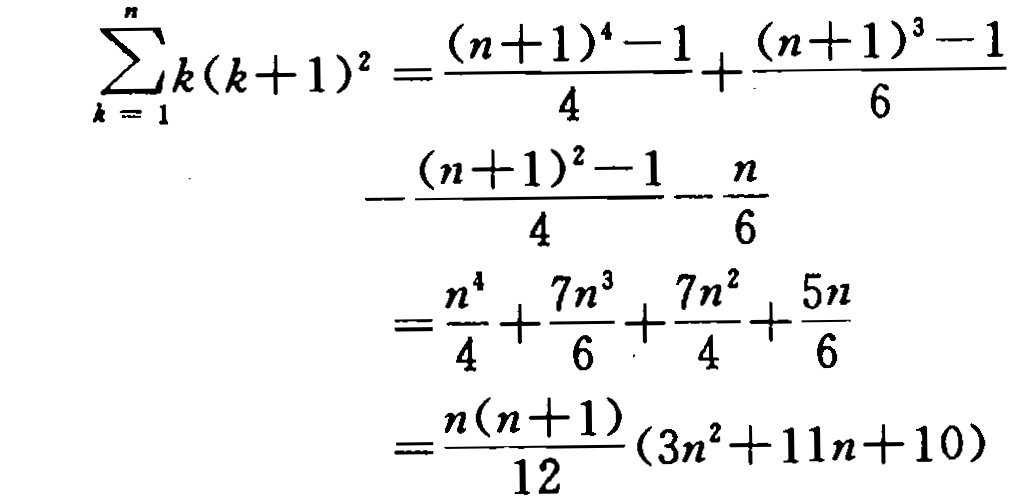
\[\begin{align*}

\sum_{k = 1}^{n}k(k + 1)^{2}&=\frac{(n + 1)^{4}-1}{4}+\frac{(n + 1)^{3}-1}{6}\\

&-\frac{(n + 1)^{2}-1}{4}-\frac{n}{6}\\

&=\frac{n^{4}}{4}+\frac{7n^{3}}{6}+\frac{7n^{2}}{4}+\frac{5n}{6}\\

&=\frac{n(n + 1)}{12}(3n^{2}+11n + 10)

\end{align*}\]